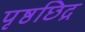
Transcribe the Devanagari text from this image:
पृष्ठछिद्र